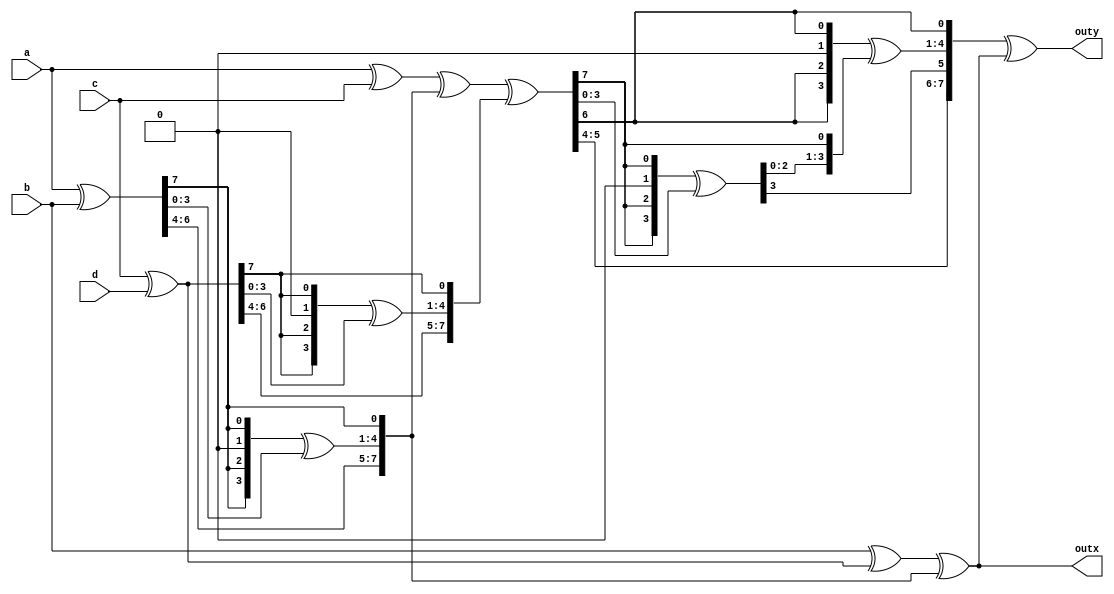
//  Mixcolumns for 8 bit  

module byte_mixcolum(a,b,c,d,outx,outy);

input [7:0] a,b,c,d;
output [7:0] outx, outy;

reg [7:0] outx, outy;

function [7:0] xtime;
input [7:0] in;
reg [3:0] xtime_t;

begin
xtime[7:5] = in[6:4];
xtime_t[3] = in[7];
xtime_t[2] = in[7];
xtime_t[1] = 0;
xtime_t[0] = in[7];
xtime[4:1] =xtime_t^in[3:0];
xtime[0] = in[7];
end
endfunction

reg [7:0] w1,w2,w3,w4,w5,w6,w7,w8,outx_var;
always @ (a, b, c, d)
begin
w1 = a ^b;
w2 = a ^c;
w3 = c ^d;
w4 = xtime(w1);
w5 = xtime(w3);
w6 = w2 ^w4 ^w5;
w7 = xtime(w6);
w8 = xtime(w7);

outx_var = b^w3^w4;
outx=outx_var;
outy=w8^outx_var;

end

endmodule